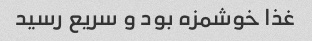
غذا خوشمزه بود و سریع رسید